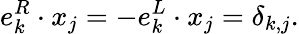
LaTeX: e_{k}^{R}\cdot x_{j}=-e_{k}^{L}\cdot x_{j}=\delta_{k,j}.